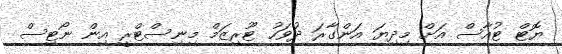
ޔޮޓް ޓުއާސް އަށް މިދިޔަ އަންގާރަ ދުވަހު ޓޫރިޒަމް މިނިސްޓްރީ އިން ނޯޓިސް